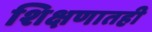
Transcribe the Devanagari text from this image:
शिक्षणातही